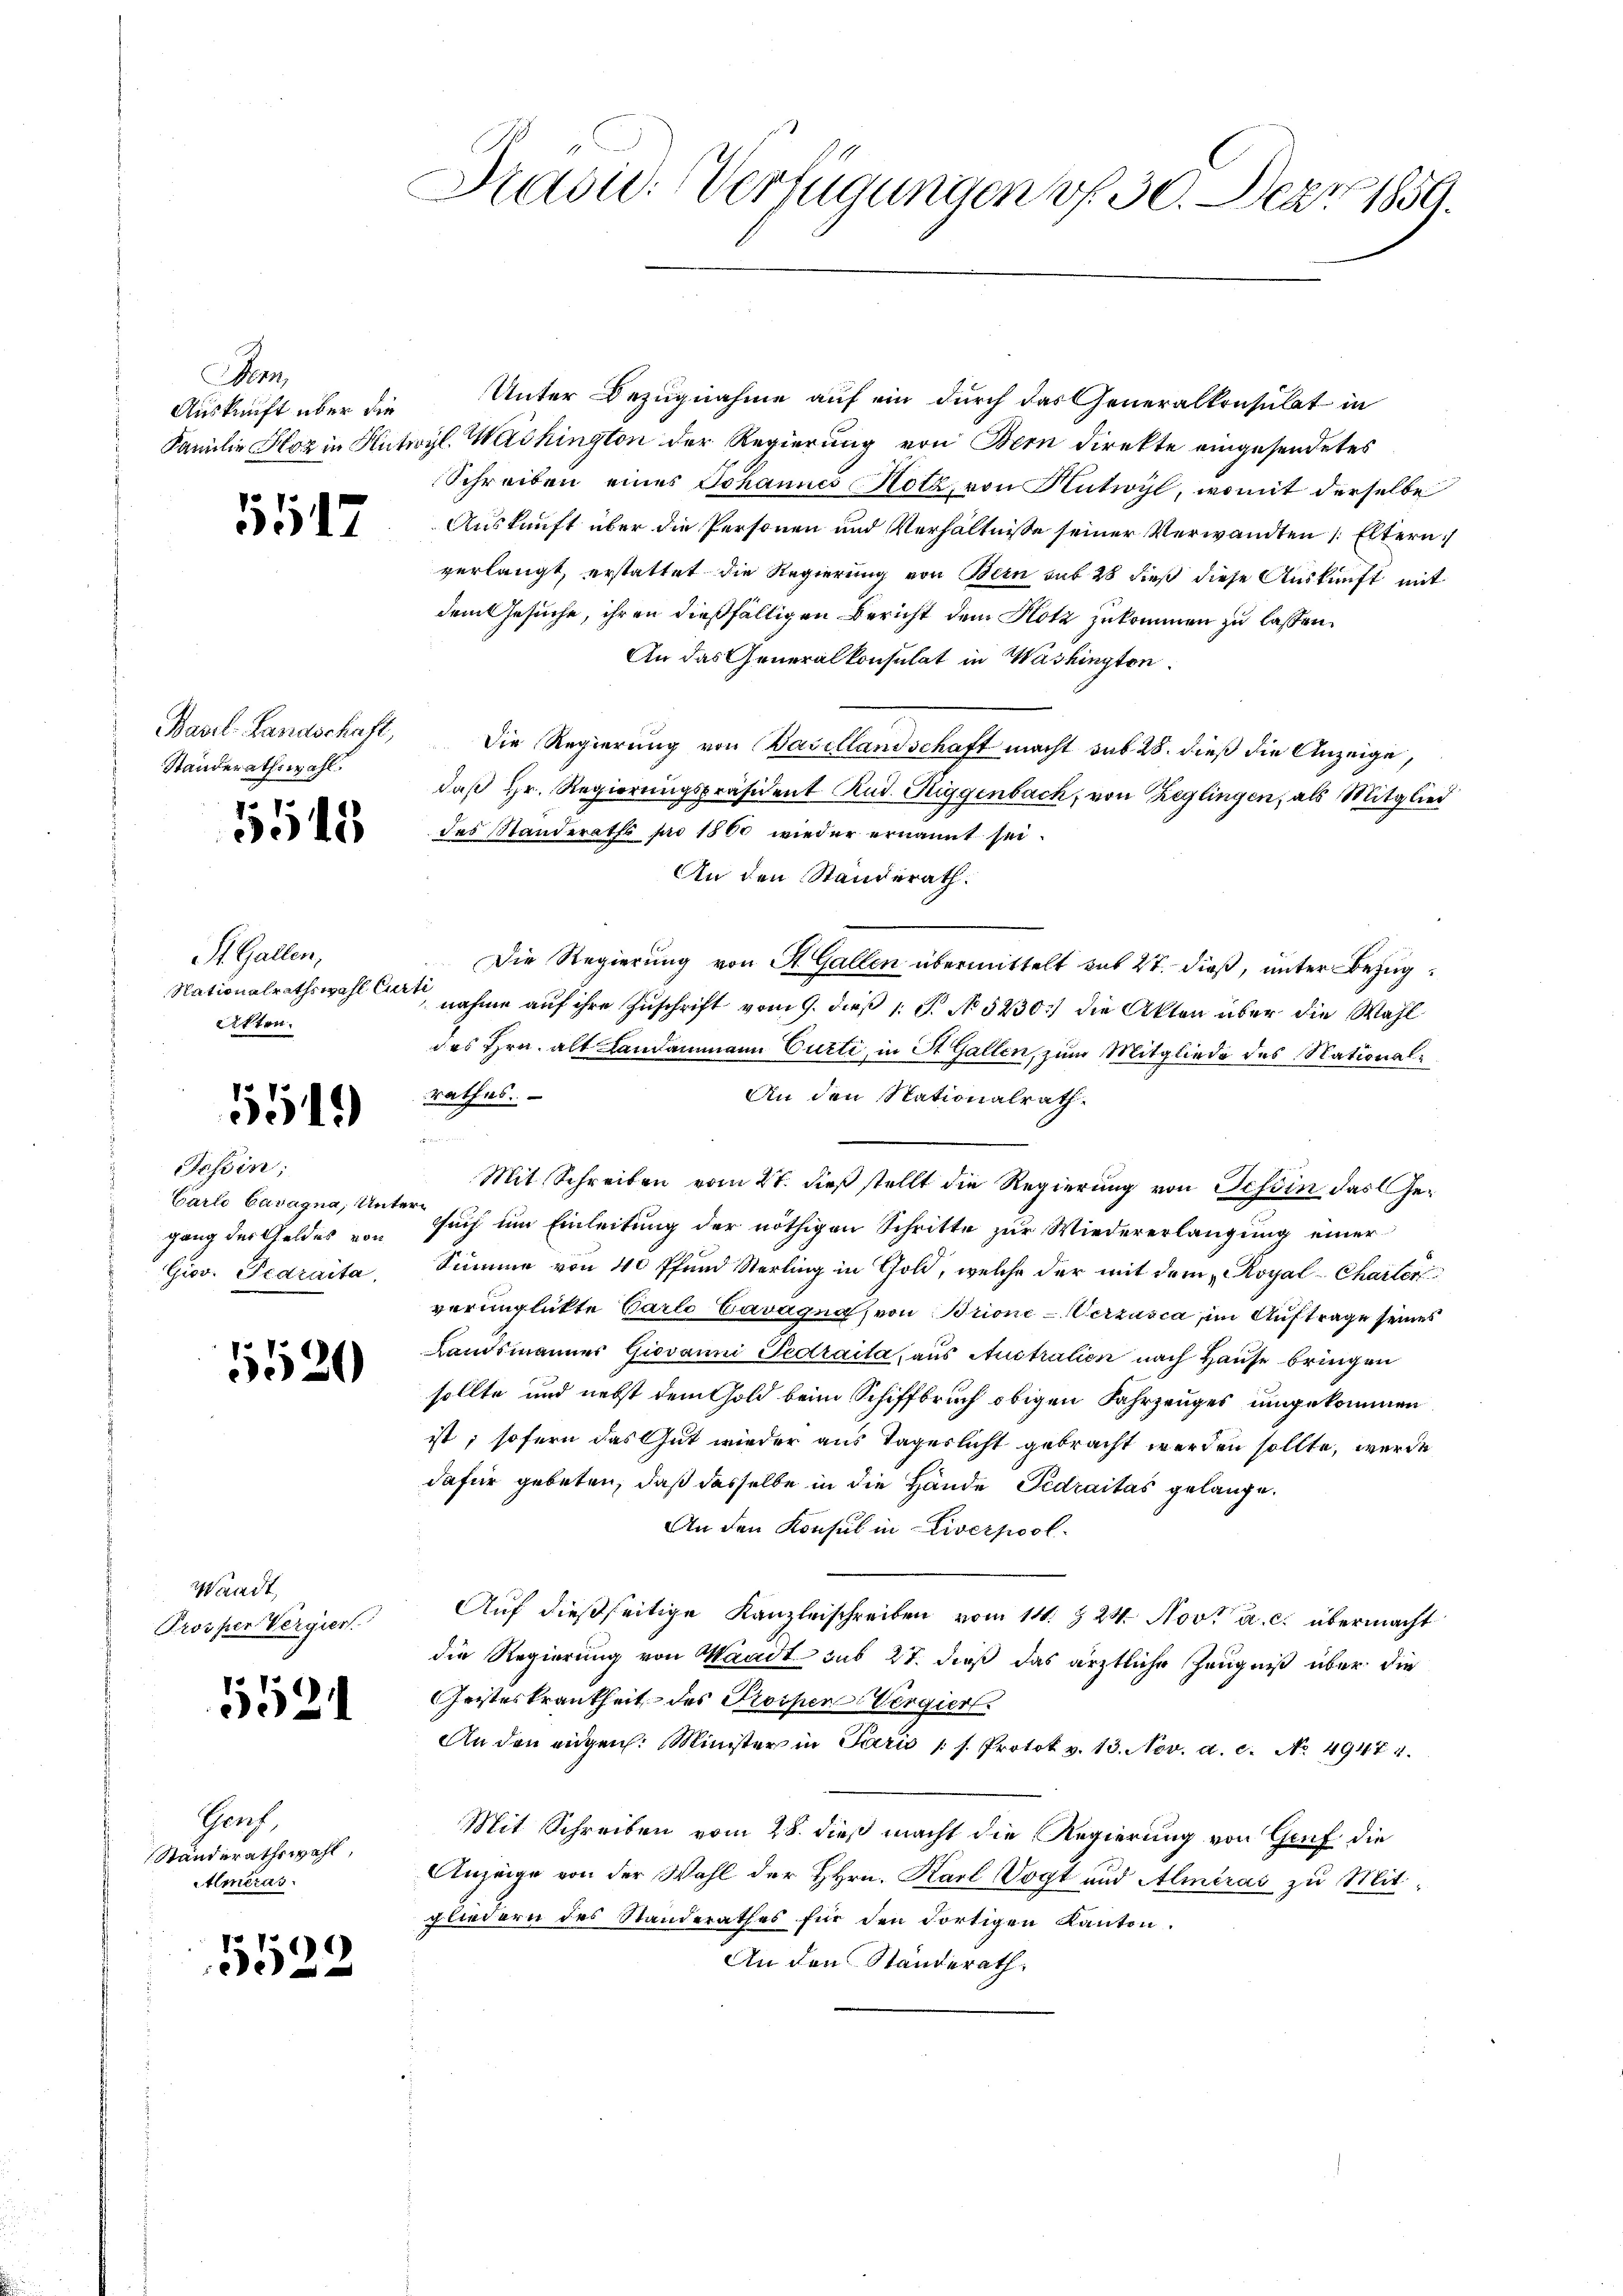
a
Auskunft über die

547

Basel-Landschaft,
Ständerathswahl.

5543

St. Gallen,
Nationalrathswahl Cur
Akten.

554

Jchin;
Carlo Cavagna, Untern
gang des Geldes von
Giov. Fedraita

1520

Waadt,
Prosper Vergier

552

Graf,
Ständerathswahl,
Almeras.

)
e

Poi: Verfügungen v. 30. Der 1859.

Unter Bezugnahme auf ein durch das Generalkonsulat in
Familie Hoz in Hutwyl Washington der Regierung von Bern direkte eingesendetes
Schreiben eines Johannes Hotz, von Antwyl, womit derselbe
Auskunft über die Personen und Verhältnisse seiner Verwandten 1. Eltern
verlangt, erstattet die Regierung von Bern sub 28 dieß diese Auskunft mit
dem Gesuche, ihren dießfälligen Bericht dem Hotz zukommen zu lassen.
An das Generalkonsulat in Washington
Die Regierung von Basellandschaft macht sub 28. dieß die Anzeige,
daß Hr. Regierungspräsident Rud. Riggenbach, von Zeglingen, als Mitglied
des Standeraths pro 1860 wieder ernannt sei.
An den Standerath.
Die Regierung von St. Gallen übermittelt sub 27. dieß, unter Bezug
ete
nahme auf ihre Zuschrift vom 9. dieß 1 P. N 5230. die Akten über die Wahl
des Hrn. alt Landammann Curti, in St. Gallen, zum Mitgliede des Nationalrathes.
An den Nationalrath.
Mit Schreiben vom 27. dieß stellt die Regierung von Tessin das Ge¬
Euch im Einleitung der nöthigen Schritte zur Wiedererlangung einer
Summe von 40 Pfund Sterling in Gold, welche der mit dem „Koyal-Charter
veringlickte Carlo Cavagna, von Brione - Verzasca, im Auftrage seines
Landsmannes Giovanni Tedraita, aus Australien nach Hause bringen
sollte und nebst dem Gold beim Schiffbruch obigen Fahrzeuges umgekommen
ist; sofern das Gut wieder aus Tageslicht gebracht werden sollte, wurde
dafür gebeten, daß dasselbe in die Hände Pedraitas gelange.
An den Konsul in Liverpool
Auf dießseitige Kanzleischreiben vom 14. 24. Nov. a. c. übermacht
die Regierung von Waadt sub 27. dieß das ärztliche Zeugniß über die
Geisteskrankheit des Prospens Vergiert.
An den eigen. Minister in Paris 11. Protok v. 13. Nov. a. c. No. 49474.
Mit Schreiben vom 28. dieß macht die Regierung von Genf die
Anzeige von der Wahl der HHrn. Karl Vogt und Alméras zu Mitgliedern des Standerathes für den dortigen Kanton.
An den Ständerath